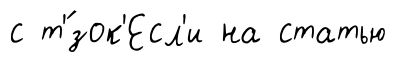
с т'́зок'Есл'и на статью